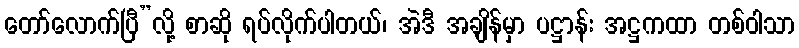
တော်လောက်ပြီ”လို့ စာဆို ရပ်လိုက်ပါတယ်၊ အဲဒီ အချိန်မှာ ပဋ္ဌာန်း အဋ္ဌကထာ တစ်ဝါသာ